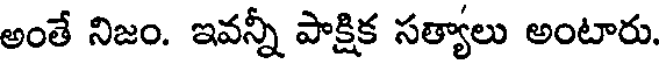
అంతే నిజం. ఇవన్నీ పాక్షిక సత్యాలు అంటారు.